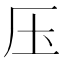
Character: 压